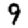
Digit: 9